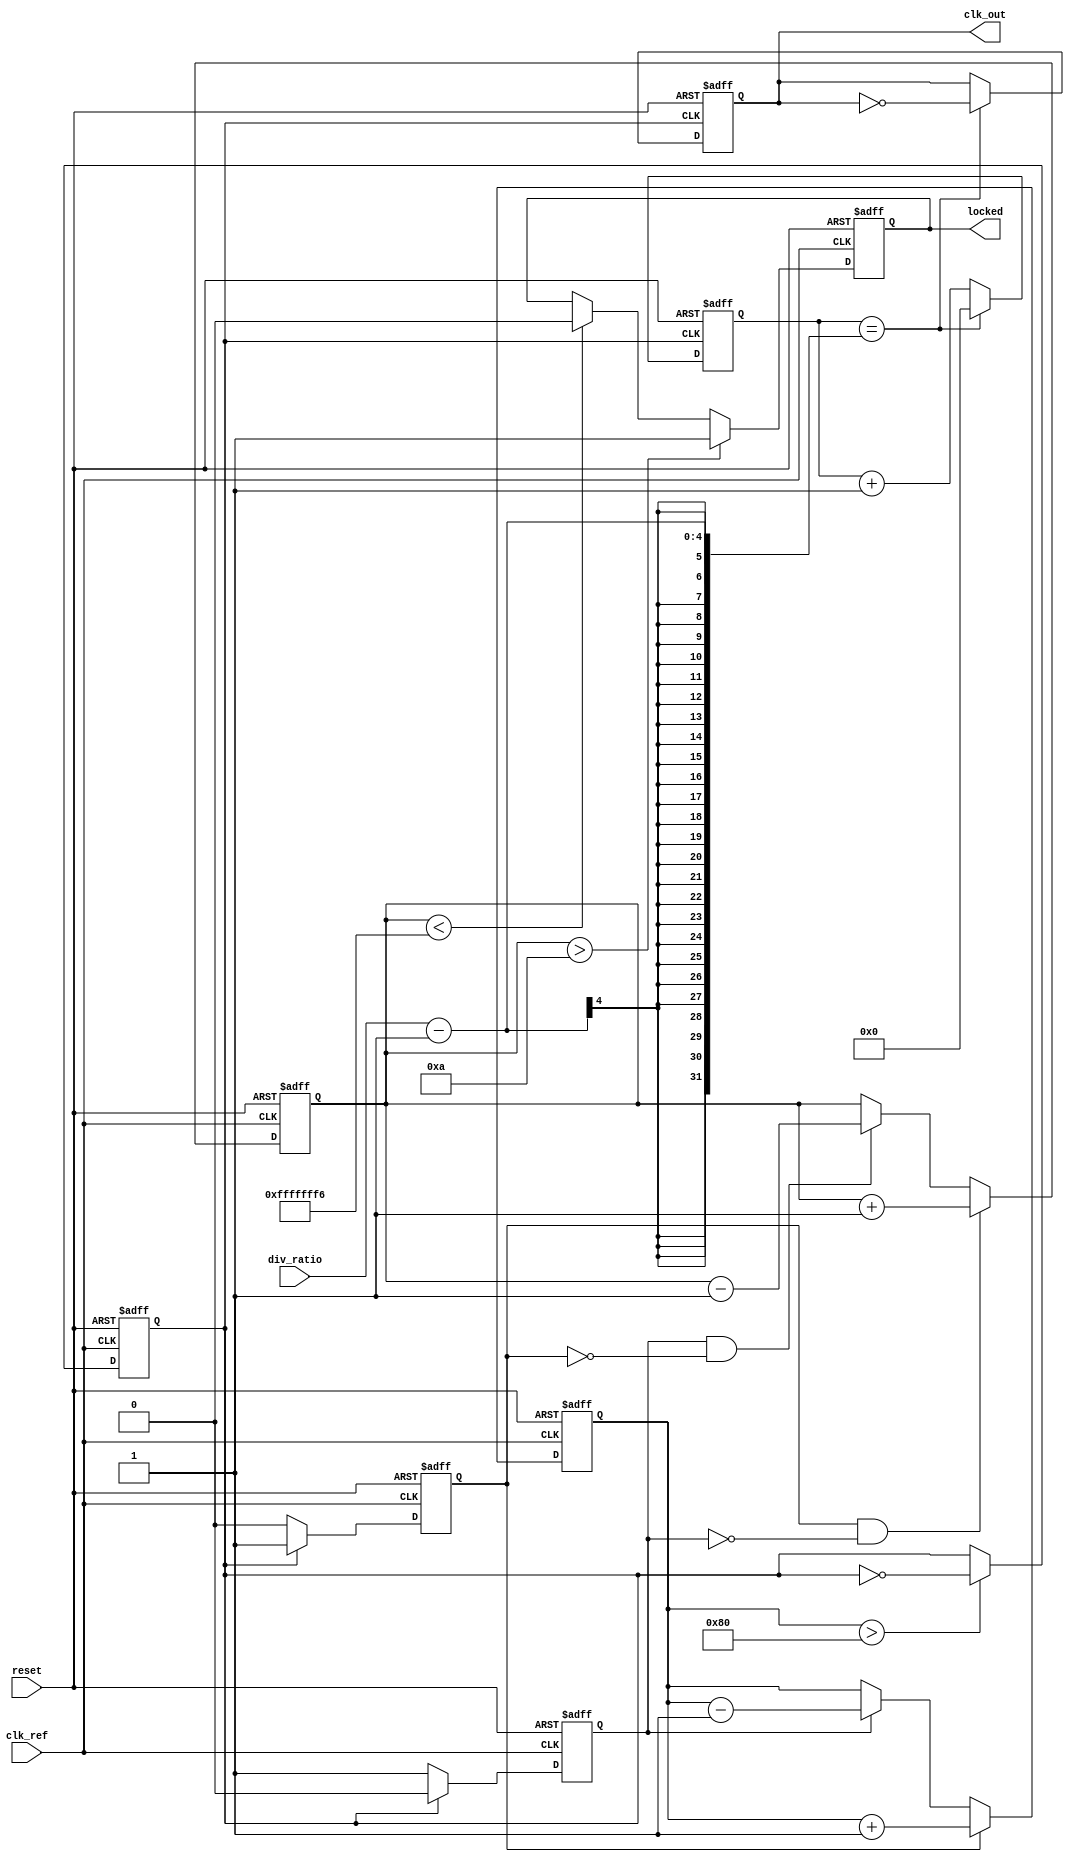
module PLL (
    input wire clk_ref,         // Input Reference Clock
    input wire reset,           // Reset signal
    input wire [N-1:0] div_ratio, // Programmable divider ratio
    output reg clk_out,         // Output Clock
    output reg locked           // Lock status
);
    parameter N = 4;            // Division factor (can be adjusted)
    
    // Internal signals
    reg clk_vco;                // VCO output clock
    reg [N-1:0] counter;        // Feedback divider counter
    reg up, down;               // PFD outputs
    reg [7:0] control_voltage;  // Control voltage for VCO
    reg [7:0] loop_filter;      // Loop filter output
    reg [3:0] state;            // State for lock detection

    // Phase Frequency Detector (PFD)
    always @(posedge clk_ref or posedge reset) begin
        if (reset) begin
            up <= 0;
            down <= 0;
        end else begin
            // Compare reference clock with feedback clock
            if (clk_vco) begin
                up <= 1;   // VCO is faster
                down <= 0;
            end else begin
                up <= 0;
                down <= 1;   // VCO is slower
            end
        end
    end

    // Charge Pump
    always @(posedge clk_ref or posedge reset) begin
        if (reset) begin
            control_voltage <= 8'd128; // Midpoint of control voltage
        end else begin
            // Adjust control voltage based on PFD outputs
            if (up) begin
                control_voltage <= control_voltage + 1; // Increase
            end else if (down) begin
                control_voltage <= control_voltage - 1; // Decrease
            end
        end
    end

    // Loop Filter (simple first-order for demonstration)
    always @(posedge clk_ref or posedge reset) begin
        if (reset) begin
            loop_filter <= 0;
        end else begin
            loop_filter <= control_voltage; // Directly using control voltage
        end
    end

    // Voltage-Controlled Oscillator (VCO)
    always @(posedge clk_ref or posedge reset) begin
        if (reset) begin
            clk_vco <= 0;
        end else begin
            // Generate VCO output based on control voltage
            // This is a simplified version. The actual implementation may vary.
            clk_vco <= (control_voltage > 128) ? ~clk_vco : clk_vco;
        end
    end

    // Feedback Divider
    always @(posedge clk_vco or posedge reset) begin
        if (reset) begin
            counter <= 0;
            clk_out <= 0;
        end else begin
            if (counter == div_ratio - 1) begin
                counter <= 0;
                clk_out <= ~clk_out; // Toggle output clock
            end else begin
                counter <= counter + 1;
            end
        end
    end

    // Lock Detection Circuit
    always @(posedge clk_ref or posedge reset) begin
        if (reset) begin
            locked <= 0;
            state <= 0;
        end else begin
            // Simple lock detection logic (could be more complex)
            if (up && !down) begin
                state <= state + 1;
            end else if (down && !up) begin
                state <= state - 1;
            end
            
            if (state > 10) begin
                locked <= 1; // Locked state
            end else if (state < -10) begin
                locked <= 0; // Not locked
            end
        end
    end
endmodule